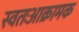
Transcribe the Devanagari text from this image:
स्वतःआक्रामक